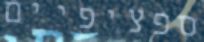
ספציפיים